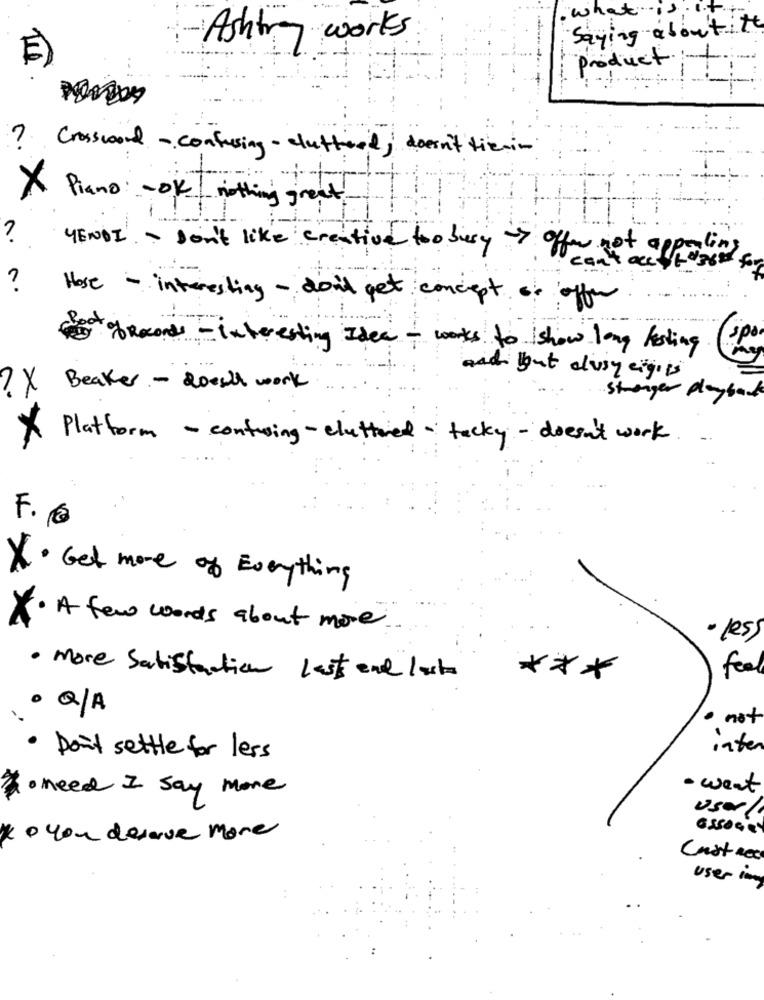
. what is , it
Saying about itt
Ashtray works
E)
1
product.
tp
7 Crossword -confusing - cluttered, doesn't tienin
X Piano - OK nothing great!
YENDI - Don't like creative too busy > offer not appealing
ca
Hose - interesting - don't get concept of offer
spo
God ofRecords - interesting Idea + works to show long foling
and but clusy cigits
? X Beaker - does work
stranger playback
* Platform - controing - cluttered - tacky - doesn't work
F. 6
X· Get more of Everything
X. A few words about more.
les)
feel
· more Satisfaction last and lasts
***
· Q/A
· not
inter
Don't settle for less
2. need I Say More
· weat
User/
* o you deserve more
Cust Rec
user mmy
. .